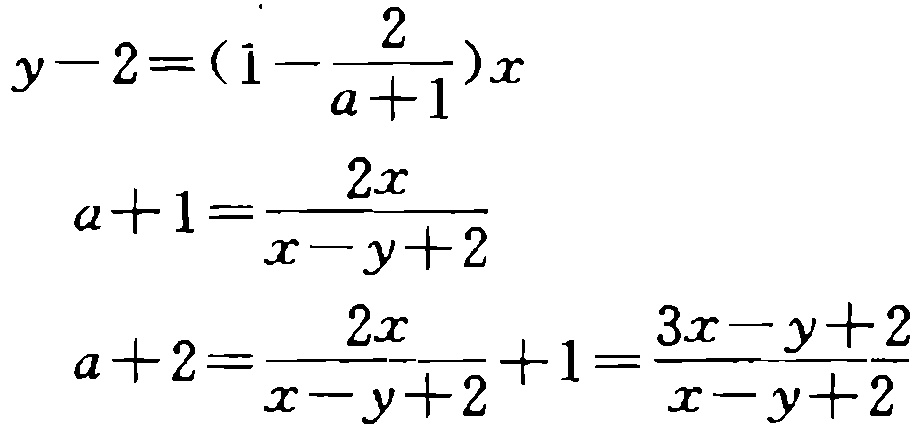
\[
\begin{align*}
y - 2&=(1-\frac{2}{a + 1})x\\
a + 1&=\frac{2x}{x - y + 2}\\
a + 2&=\frac{2x}{x - y + 2}+1=\frac{3x - y + 2}{x - y + 2}
\end{align*}
\]